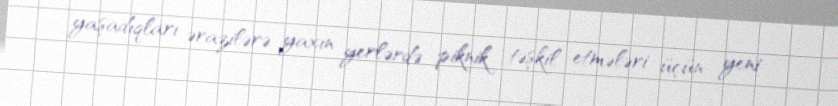
yaşadıqları ərazilərə yaxın yerlərdə piknik təşkil etmələri üçün yeni